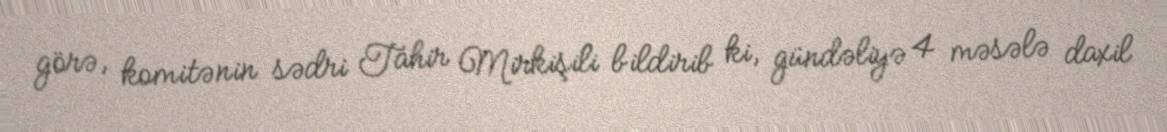
görə, komitənin sədri Tahir Mirkişili bildirib ki, gündəliyə 4 məsələ daxil